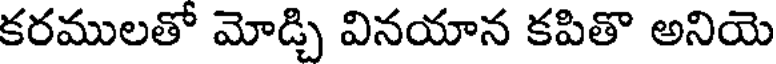
కరములతో మోడ్చి వినయాన కపితొ అనియె